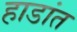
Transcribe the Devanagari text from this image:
हाडांत